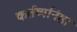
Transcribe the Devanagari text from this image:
कर्तब्यनिष्ठा